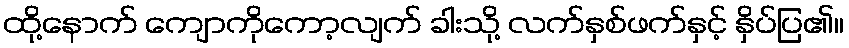
ထို့နောက် ကျောကိုကော့လျက် ခါးသို့ လက်နှစ်ဖက်နှင့် နှိပ်ပြ၏။